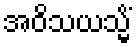
အဝိသယသ္မိံ